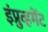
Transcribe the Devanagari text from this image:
इंप्रुव्हमेंट